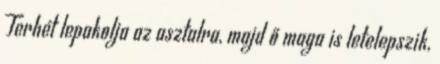
Terhét lepakolja az asztalra, majd ő maga is letelepszik,